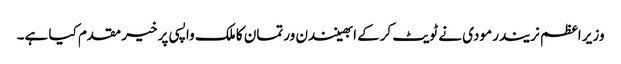
وزیر اعظم نریندر مودی نے ٹویٹ کرکے ابھینندن ورتمان کا ملک واپسی پر خیر مقدم کیا ہے۔